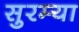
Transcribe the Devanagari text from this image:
सुरम्या